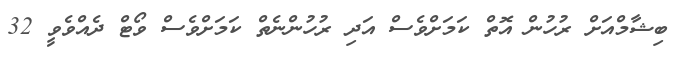
ބިޝާމްއަށް ރުހުން އޮތް ކަމަށްވެސް އަދި ރުހުންނެތް ކަމަށްވެސް ވޯޓް ދެއްވެވީ 32